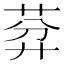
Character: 𦯳